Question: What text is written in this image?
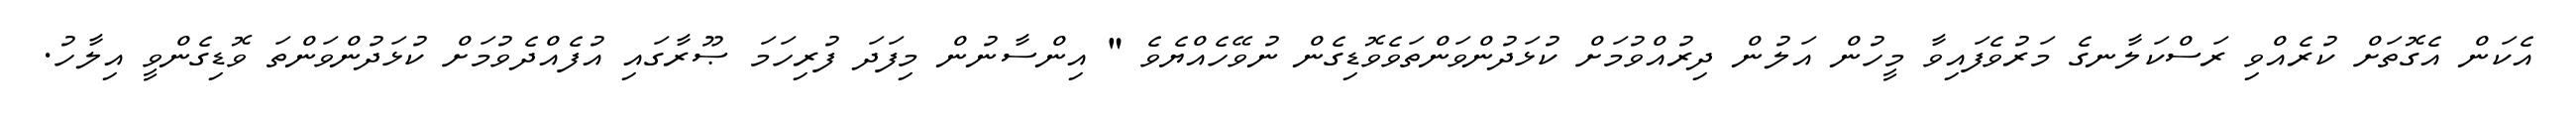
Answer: އެކަން އެގޮތަށް ކުރެއްވި ރަސްކަލާނގެ މަރުވެފައިވާ މީހުން އަލުން ދިރުއްވުމަށް ކުޅަދުންވަންތަވެވޮޑިގެން ނުވޭހެއްޔެވެ " އިންސާނުން މިފަދަ ފުރިހަމަ ޞޫރާގައި އުފެއްދެވުމަށް ކުޅަދުންވަންތަ ވޮޑިގެންވީ އިލާހު.